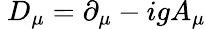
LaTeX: \ D_{\mu}=\partial_{\mu}-igA_{\mu}